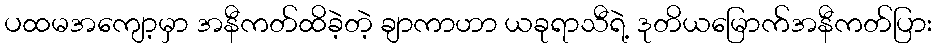
ပထမအကျော့မှာ အနီကတ်ထိခဲ့တဲ့ ချာကာဟာ ယခုရာသီရဲ့ ဒုတိယမြောက်အနီကတ်ပြား